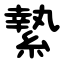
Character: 縶